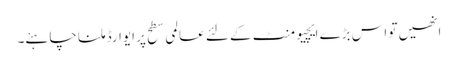
انھیں تو اس بڑے ایچیومنٹ کے لئے عالمی سطح پر ایوارڈ ملنا چاہئے۔